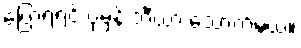
ပြောရရင် ပုံမှန် ဘီယာ သောက်မယ်။